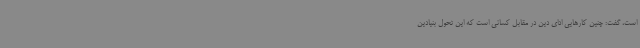
است، گفت: چنین کارهایی ادای دین در مقابل کسانی است که این تحول بنیادین